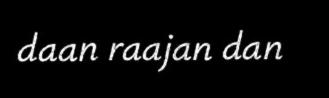
daan raajan dan